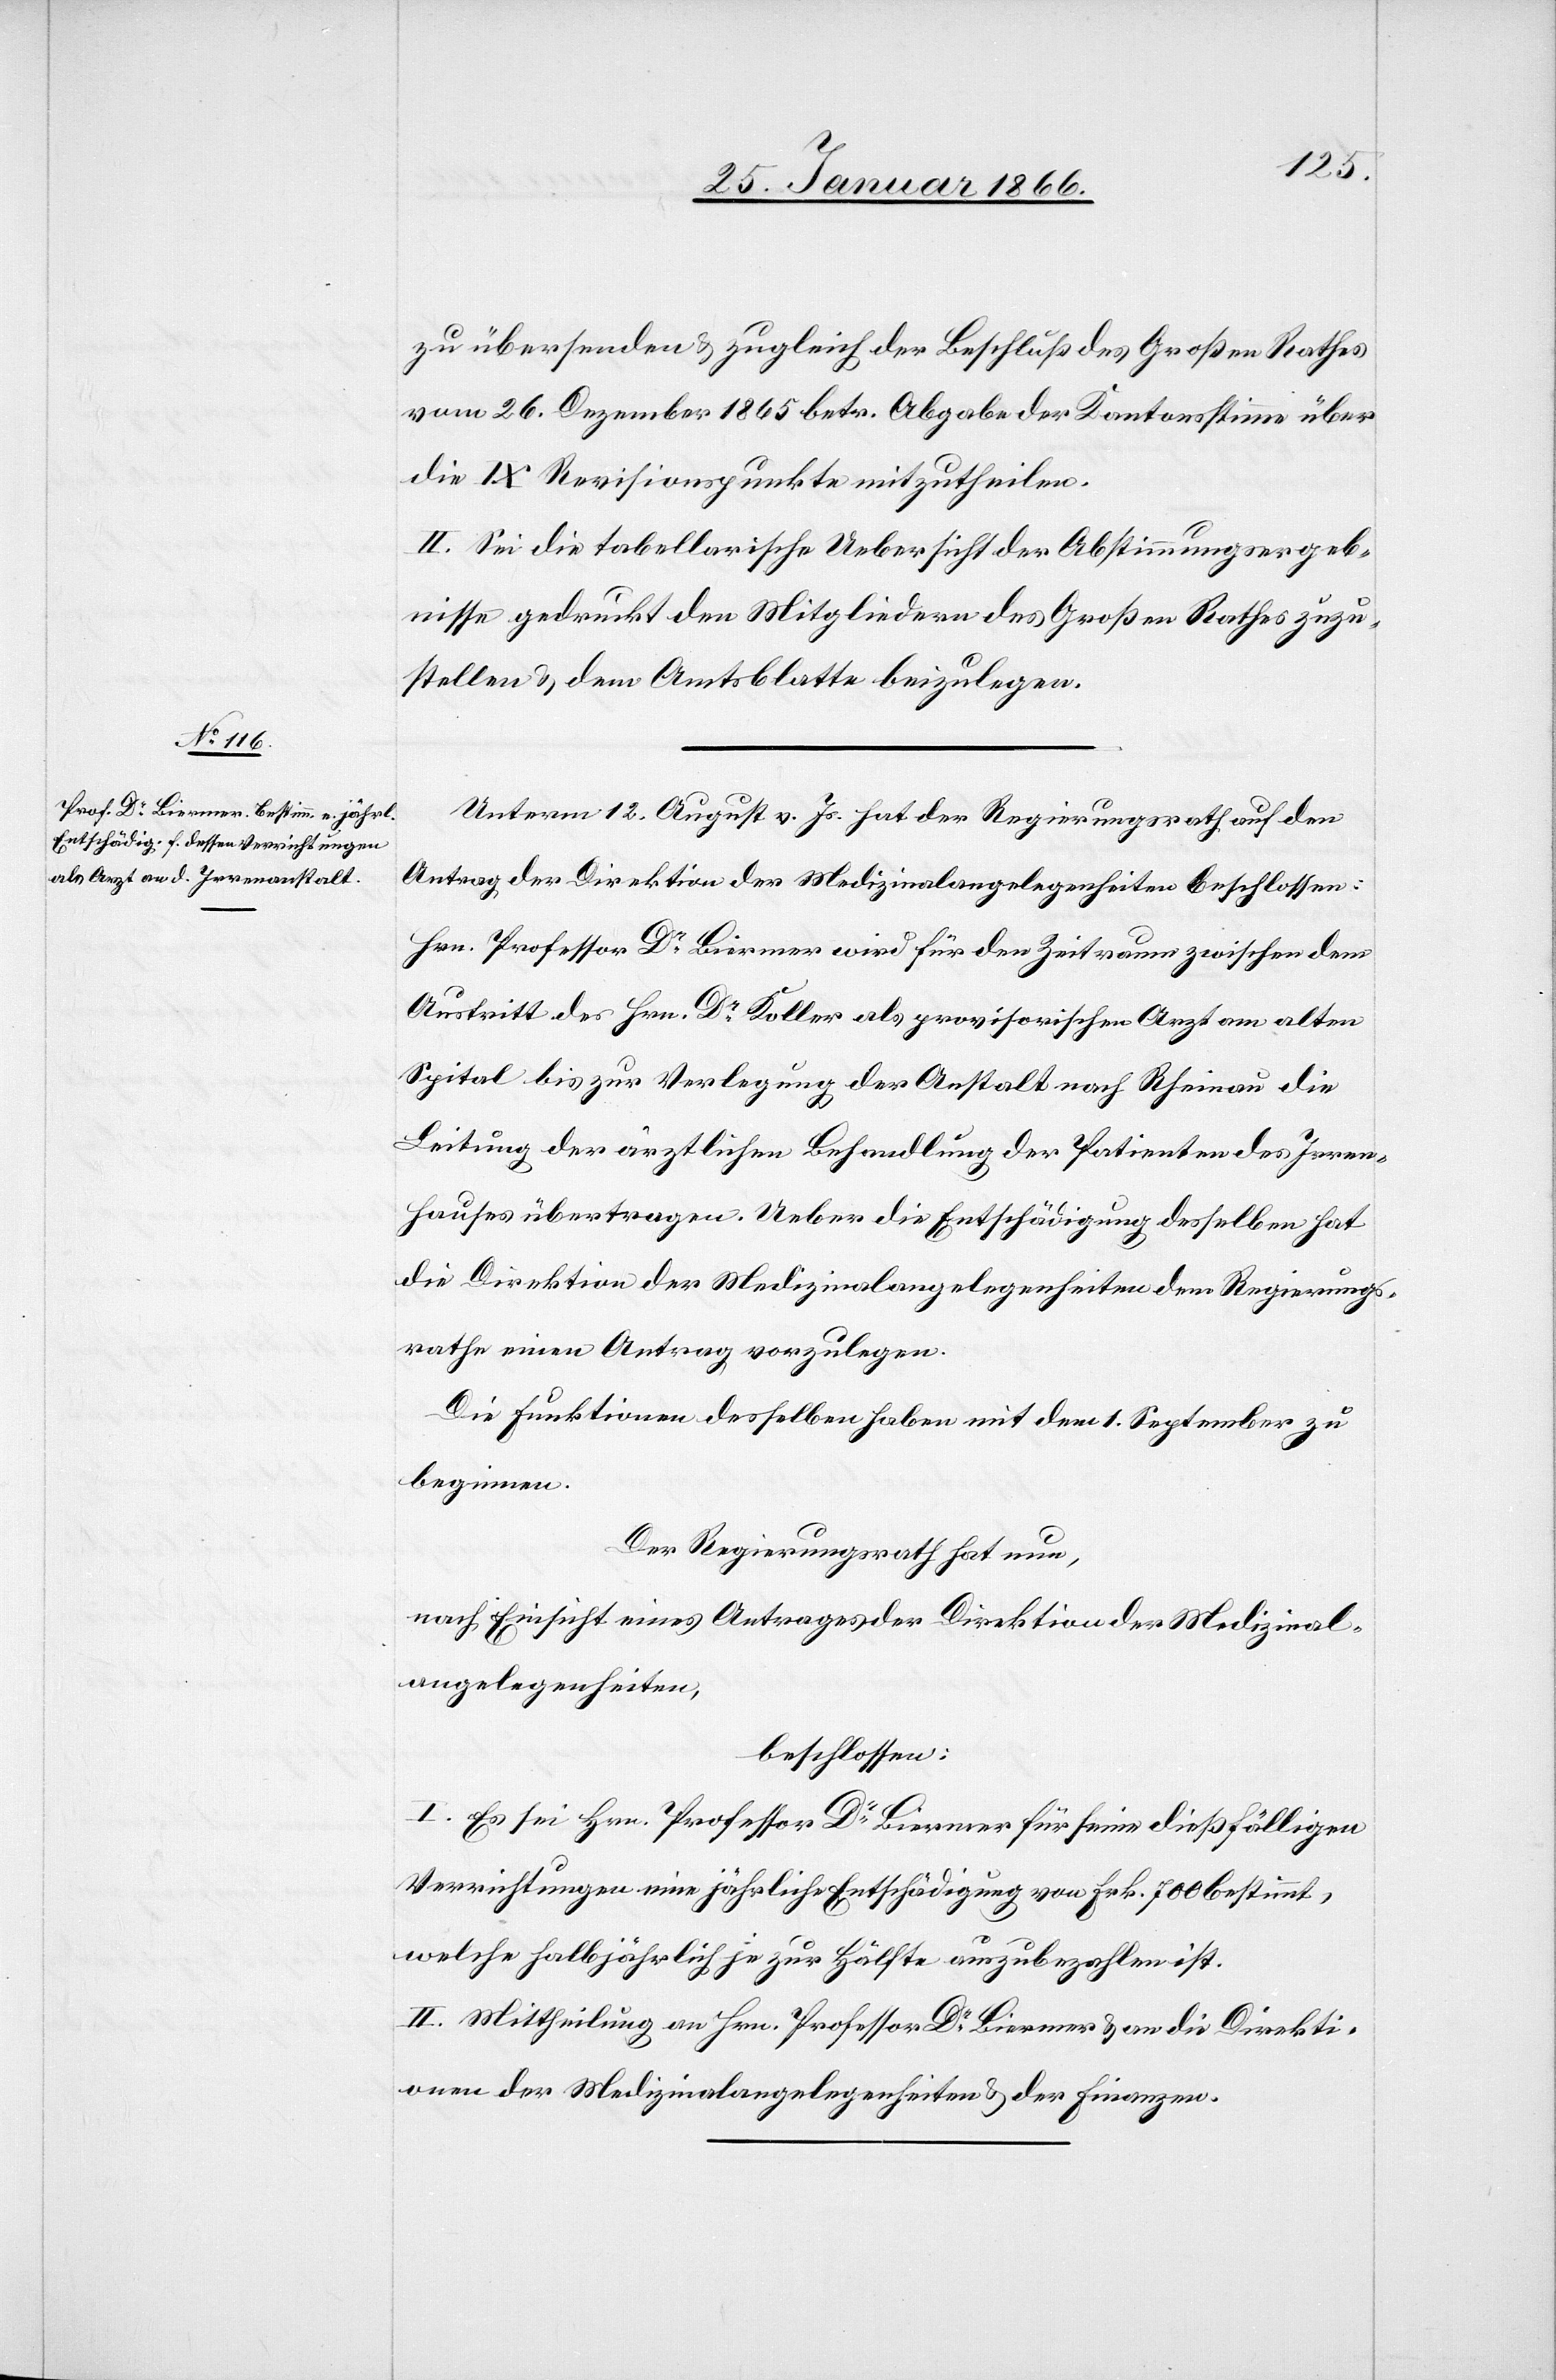
zu übersenden u. zugleich der Beschluß des Großen Rathes
vom 26. Dezember 1865 betr. Abgabe der Kantonsstimme über
die IX Revisionspunkte mitzutheilen.
II. Sei die tabellarische Uebersicht der Abstimmungsergeb¬
nisse gedruckt den Mitgliedern des Großen Rathes zuzu¬
stellen u. dem Amtsblatte beizulegen.
Unterm 12. August v. Js. hat der Regierungsrath auf den
Antrag der Direktion der Medizinalangelegenheiten beschlossen:
Hrn. Professor Dr. Biermer wird für den Zeitraum zwischen dem
Austritt des Hrn. Dr. Koller als provisorischen Arzt am alten
Spital bis zur Verlegung der Anstalt nach Rheinau die
Leitung der ärztlichen Behandlung der Patienten des Irren¬
hauses übertragen. Ueber die Entschädigung desselben hat
die Direktion der Medizinalangelegenheiten dem Regierungs¬
rathe einen Antrag vorzulegen.
Die Funktionen desselben haben mit dem 1. September zu
beginnen.
Der Regierungsrath hat nun,
nach Einsicht eines Antrages der Direktion der Medizinal¬
angelegenheiten,
beschlossen:
I. Es sei Hrn. Professor Dr. Biermer für seine dießfälligen
Verrichtungen eine jährliche Entschädigung von Frk. 700 bestimmt,
welche halbjährlich je zur Hälfte auszubezahlen ist.
II. Mittheilung an Hrn. Professor Dr. Biermer u. an die Direkti¬
onen der Medizinalangelegenheiten u. der Finanzen.